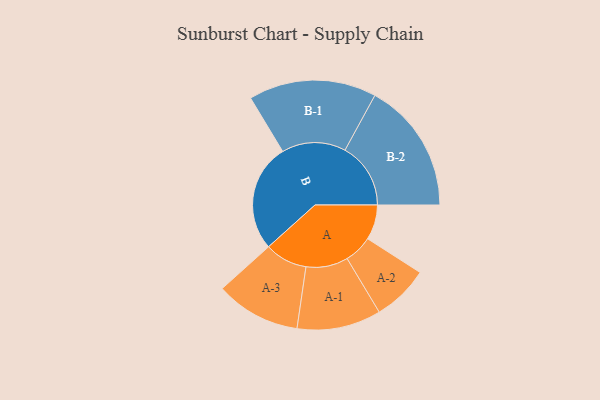
{"axis": {"x": "Segment", "y": "Value"}, "legend": ["", "A", "B"], "data": [{"x": "A", "y": 139, "type": ""}, {"x": "B", "y": 429, "type": ""}, {"x": "A-1", "y": 167, "type": "A"}, {"x": "A-2", "y": 112, "type": "A"}, {"x": "A-3", "y": 169, "type": "A"}, {"x": "B-1", "y": 254, "type": "B"}, {"x": "B-2", "y": 261, "type": "B"}]}